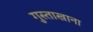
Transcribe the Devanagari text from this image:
गुस्ताखाना